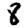
Digit: 8